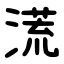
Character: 㵁